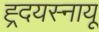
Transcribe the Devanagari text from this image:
ह्र्दयस्नायू